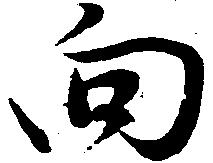
向